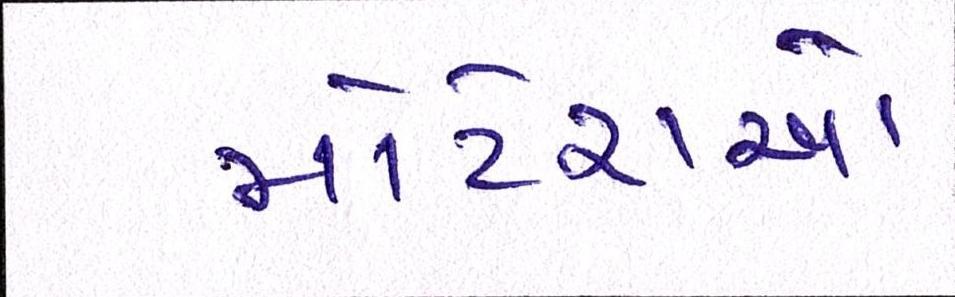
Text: મોટેરાઓ